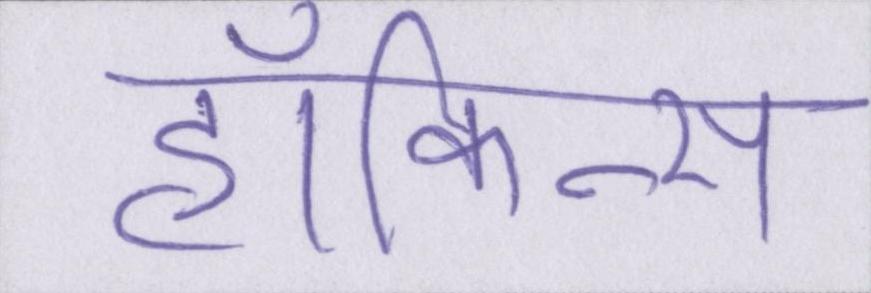
हॉकिन्स